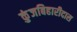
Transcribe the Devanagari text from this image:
कुंजबिहारीदास